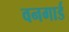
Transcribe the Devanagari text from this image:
वनगार्ड